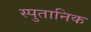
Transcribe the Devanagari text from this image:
स्पुतानिक